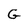
Character: G